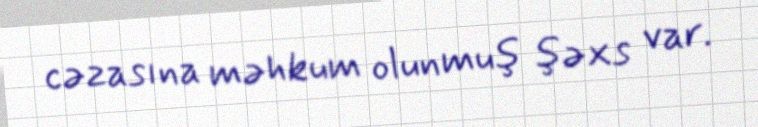
cəzasına məhkum olunmuş şəxs var.